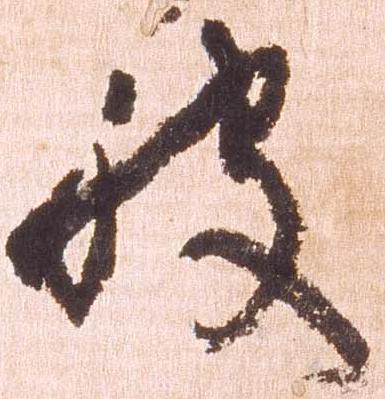
被